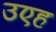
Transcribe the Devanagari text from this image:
उएह